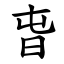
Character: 旾